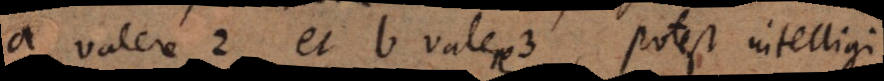
a valere 2 et b valere 3, potest inte